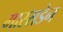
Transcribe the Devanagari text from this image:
मारसडेन